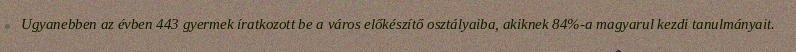
Ugyanebben az évben 443 gyermek íratkozott be a város előkészítő osztályaiba, akiknek 84%-a magyarul kezdi tanulmányait.